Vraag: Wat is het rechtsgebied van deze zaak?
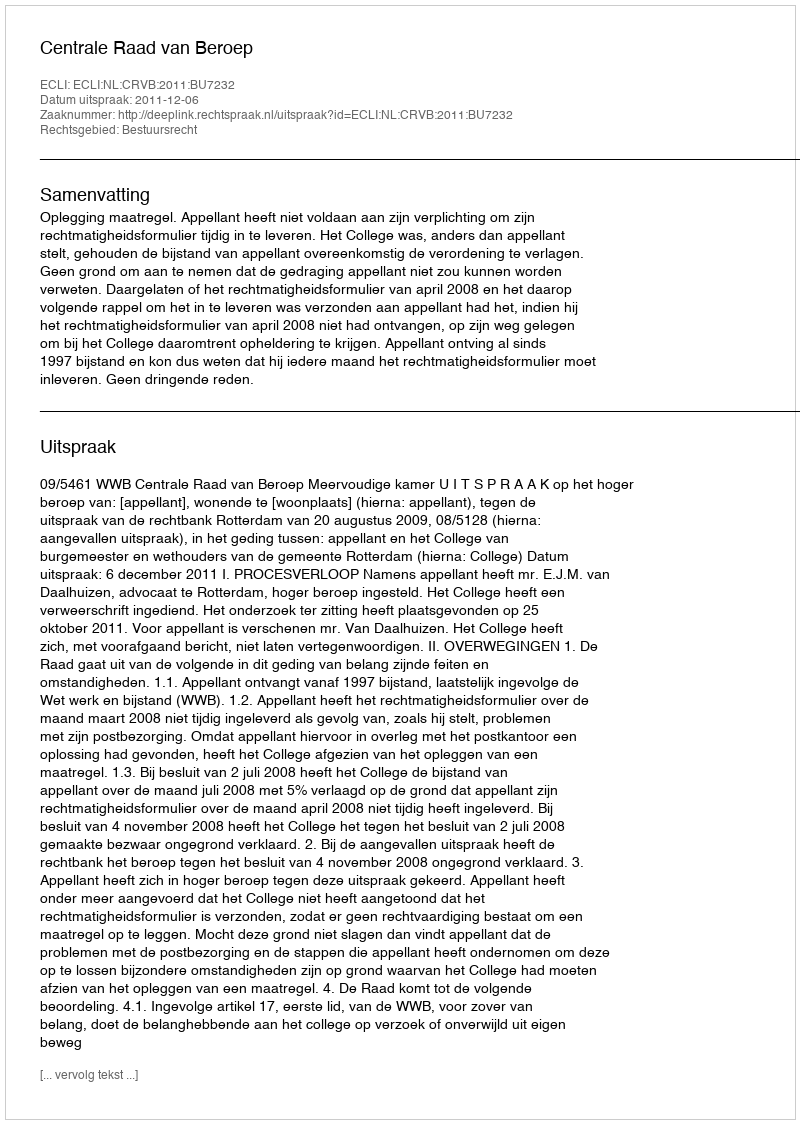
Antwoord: Bestuursrecht